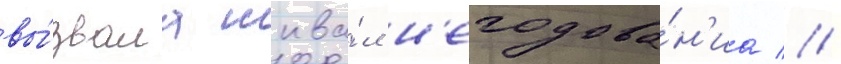
вы́звала шква́л н'егодова́н'иа //